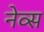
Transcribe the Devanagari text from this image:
नेव्स